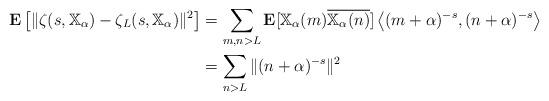
LaTeX: \begin{align*}\mathbf{E} \left[\|\zeta(s,\mathbb{X}_\alpha)-\zeta_L(s,\mathbb{X}_\alpha)\|^2\right]&= \sum_{m,n>L} \mathbf{E}[\mathbb{X}_\alpha(m) \overline{\mathbb{X}_\alpha(n)}]\left\langle (m+\alpha)^{-s}, (n+\alpha)^{-s} \right\rangle \\&= \sum_{n>L} \|(n+\alpha)^{-s}\|^2 \end{align*}